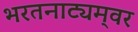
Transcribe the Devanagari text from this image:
भरतनाट्यम्‌वर